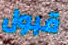
قبول